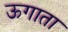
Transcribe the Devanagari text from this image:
ऊगाता